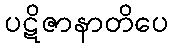
ပဋိဇာနာတိပေ